Report on horse surra - Volume I
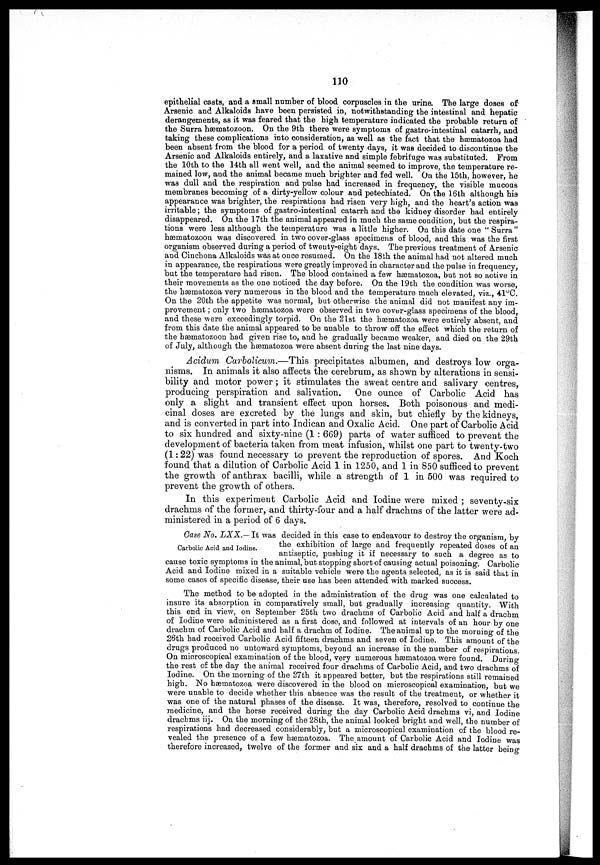
110
epithelial casts, and a small number of blood corpuscles in the urine. The large doses of
Arsenic and Alkaloids have been persisted in, notwithstanding the intestinal and hepatic
derangements, as it was feared that the high temperature indicated the probable return of
the Surra hæmatozoon. On the 9th there were symptoms of gastro intestinal catarrh, and
taking these complications into consideration, as well as the fact that the hæmatozoa had
been absent from the blood for a period of twenty days, it was decided to discontinue the
Arsenic and Alkaloids entirely, and a laxative and simple febrifuge was substituted. From
the 10th to the 14th all went well, and the animal seemed to improve, the temperature re-
mained
low, and the animal became much brighter and fed well. On the 15th, however, he
was dull and the respiration and pulse had increased in frequency, the visible mucous
membranes becoming of a dirty-yellow colour and petechiated. On the 16th although his
appearance was brighter, the respirations had risen very high, and the heart's action was
irritable; the symptoms of gastro-intestinal catarrh and the kidney disorder had entirely
disappeared. On the 17th the animal appeared in much the same condition, but the respira-
tions were less although the temperature was a little higher. On this date one "Surra"
hæmatozoon was discovered in two cover-glass specimens of blood, and this was the first
organism observed during a period of twenty-eight days. The previous treatment of Arsenic
and Cinchona Alkaloids was at once resumed. On the 18th the animal had not altered much
in appearance, the respirations were greatly improved in character and the pulse in frequency,
but the temperature had risen. The blood contained a few hæmatozoa, but not so active in
their movements as the one noticed the day before. On the 19th the condition was worse,
the hæmatozoa very numerous in the blood and the temperature much elevated, viz., 41°C.
On the 20th the appetite was normal, but otherwise the animal did not manifest any im-
provement ; only two hæmatozoa were observed in two cover-glass specimens of the blood,
and these were exceedingly torpid. On the 21st the hæmatozoa were entirely absent, and
from this date the animal appeared to be unable to throw off the effect which the return of
the hæmatozoon had given rise to, and he gradually became weaker, and died on the 29th
of July, although the hæmatozoa were absent during the last nine days.
Acidum Carbolicum.—This precipitates albumen, and destroys low orga-
nisms. In animals it also affects the cerebrum, as shown by alterations in sensi-
bility and motor power ; it stimulates the sweat centre and salivary centres,
producing perspiration and salivation.
One ounce of Carbolic Acid has
only a slight and transient effect upon horses. Both poisonous and medi-
cinal doses are excreted by the lungs and skin, but chiefly by the kidneys,
and is converted in part into Indican and Oxalic Acid. One part of Carbolic Acid
to six hundred and sixty-nine (1: 669) parts of water sufficed to prevent the
development of bacteria taken from meat infusion, whilst one part to twenty-two
(1:22) was found necessary to prevent the reproduction of spores. And Koch
found that a dilution of Carbolic Acid 1 in 1250, and 1 in 850 sufficed to prevent
the growth of anthrax bacilli, while a strength of 1 in 500 was required to
prevent the growth of others.
In this experiment Carbolic Acid and Iodine were mixed ; seventy-six
drachms of the former, and thirty-four and a half drachms of the latter were ad-
ministered in a period of 6 days.
Case No, LXX.—It was decided in this case to endeavour to destroy the organism, by
Carbolic Acid and Iodine. the exhibition of large and frequently repeated doses of an
antiseptic, pushing it if necessary to such a degree as to
cause toxic symptoms in the animal, but stopping short of causing actual poisoning. Carbolic
Acid and Iodine mixed in a suitable vehicle were the agents selected, as it is said that in
some cases of specific disease, their use has been attended with marked success.
The method to be adopted in the administration of the drug was one calculated to
insure its absorption in comparatively small, but gradually increasing quantity. With
this end in view, on September 25th two drachms of Carbolic Acid and half a drachm
of Iodine were administered as a first dose, and followed at intervals of an hour by one
drachm of Carbolic Acid and half a drachm of Iodine. The animal up to the morning of the
26th had received Carbolic Acid fifteen drachms and seven of Iodine. This amount of the
drugs produced no untoward symptoms, beyond an increase in the number of respirations.
On microscopical examination of the blood, very numerous hæmatozoa were found. During
the rest of the day the animal received four drachms of Carbolic Acid, and two drachms of
Iodine. On the morning of the 27th it appeared better, but the respirations still remained
high. No hæmatozoa were discovered in the blood on microscopical examination, but we
were unable to decide whether this absence was the result of the treatment, or whether it
was one of the natural phases of the disease. It was, therefore, resolved to continue the
medicine, and the horse received during the day Carbolic Acid drachms vi, and Iodine
drachms iij. On the morning of the 28th, the animal looked bright and well, the number of
respirations had decreased considerably, but a microscopical examination of the blood re-
vealed the presence of a few hæmatozoa. The amount of Carbolic Acid and Iodine was
therefore increased, twelve of the former and six and a half drachms of the latter being